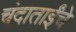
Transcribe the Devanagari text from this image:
चंदाताईंचे